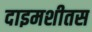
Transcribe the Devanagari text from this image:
दाइमशीतस